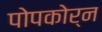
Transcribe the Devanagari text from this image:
पोपकोर्न